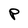
Character: P